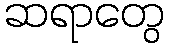
ဆရာတွေ